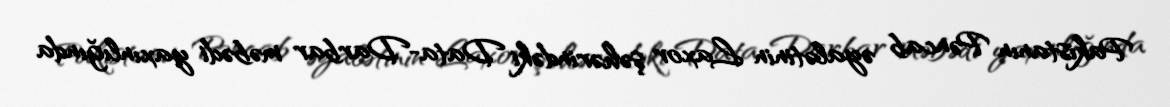
Pakistanın Pəncab əyalətinin Laxor şəhərindəki Data-Darbar məbədi yaxınlığında